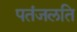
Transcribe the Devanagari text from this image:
पतंजलति